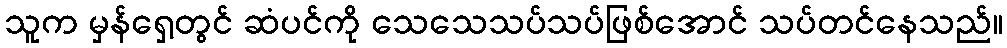
သူက မှန်ရှေ့တွင် ဆံပင်ကို သေသေသပ်သပ်ဖြစ်အောင် သပ်တင်နေသည်။